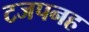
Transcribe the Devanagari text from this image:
टजपनह